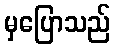
မှပြောသည်